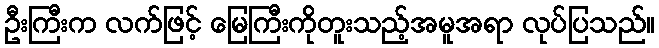
ဦးကြီးက လက်ဖြင့် မြေကြီးကိုတူးသည့်အမူအရာ လုပ်ပြသည်။